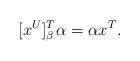
LaTeX: \begin{align*} [x^U]_\beta^T \alpha = \alpha x^T.\end{align*}